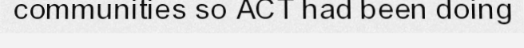
communities so ACT had been doing